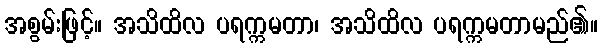
အစွမ်းဖြင့်။ အသိထိလ ပရက္ကမတာ၊ အသိထိလ ပရက္ကမတာမည်၏။